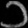
Digit: ၁